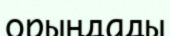
орыңдады